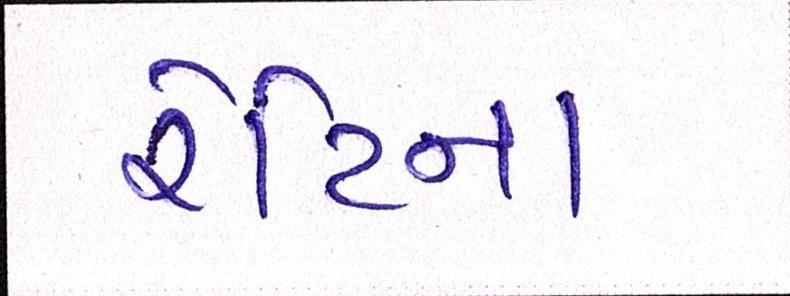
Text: રેટિના